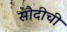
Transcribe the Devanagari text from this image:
सौदीची